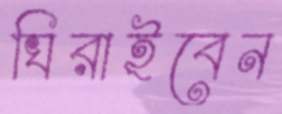
ঘিরাইবেন